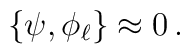
\left\{\psi,\phi_\ell\right\}\approx 0\,.